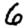
Digit: 6